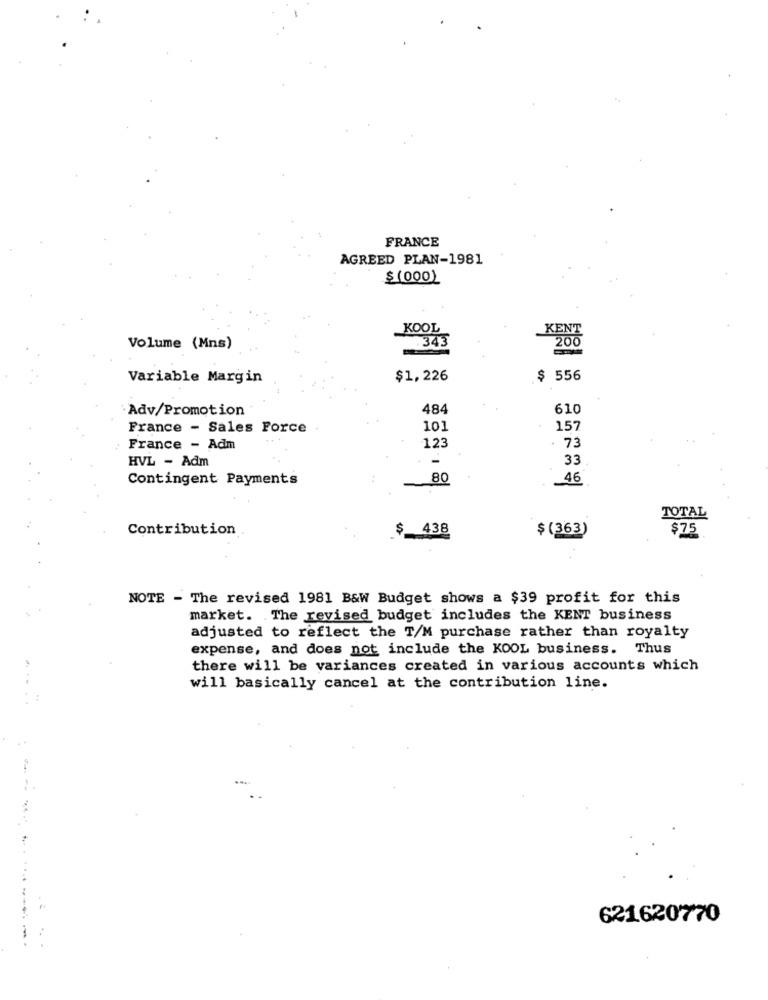
FRANCE
AGREED PLAN-1981
$ (000)
KOOL
KENT
200
Volume (Mns)
.343
Variable Margin
$1,226
$ 556
Adv/Promotion
484
610
France - Sales Force
101
157
73
France - Adm
123
HVL - Adm
33
Contingent Payments
80
46
TOTAL
Contribution
$
438
$(363)
$75
NOTE - The revised 1981 B&W Budget shows a $39 profit for this
market. The revised budget includes the KENT business
adjusted to reflect the T/M purchase rather than royalty
expense, and does not include the KOOL business. Thus
there will be variances created in various accounts which
will basically cancel at the contribution line.
621620770
--- --- --